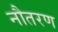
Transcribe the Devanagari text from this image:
नौतरण